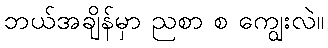
ဘယ်အချိန်မှာ ညစာ စ ကျွေးလဲ။